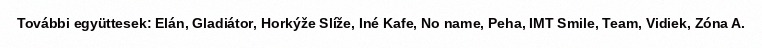
További együttesek: Elán, Gladiátor, Horkýže Slíže, Iné Kafe, No name, Peha, IMT Smile, Team, Vidiek, Zóna A.